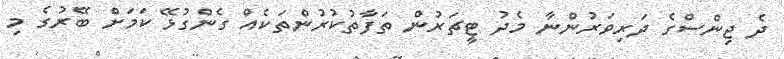
ދެ ޖިންސްގެ ދަރިވަރުންނާ މެދު ޓީޗަރުން ތަފާތުކުރުންތަކެއް ގެންގުޅޭ ކަމަށް ބޭރުގެ މި